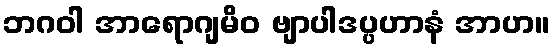
ဘဂဝါ အာရောဂျမိဝ ဗျာပါဒပ္ပဟာနံ အာဟ။